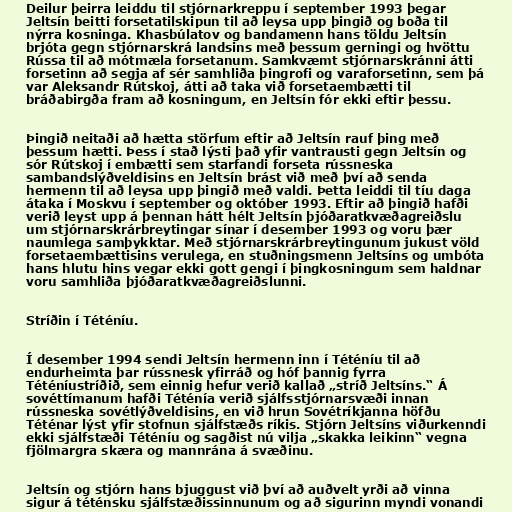
Deilur þeirra leiddu til stjórnarkreppu í september 1993 þegar
Jeltsín beitti forsetatilskipun til að leysa upp þingið og boða til
nýrra kosninga. Khasbúlatov og bandamenn hans töldu Jeltsín
brjóta gegn stjórnarskrá landsins með þessum gerningi og hvöttu
Rússa til að mótmæla forsetanum. Samkvæmt stjórnarskránni átti
forsetinn að segja af sér samhliða þingrofi og varaforsetinn, sem þá
var Aleksandr Rútskoj, átti að taka við forsetaembætti til
bráðabirgða fram að kosningum, en Jeltsín fór ekki eftir þessu.

Þingið neitaði að hætta störfum eftir að Jeltsín rauf þing með
þessum hætti. Þess í stað lýsti það yfir vantrausti gegn Jeltsín og
sór Rútskoj í embætti sem starfandi forseta rússneska
sambandslýðveldisins en Jeltsín brást við með því að senda
hermenn til að leysa upp þingið með valdi. Þetta leiddi til tíu daga
átaka í Moskvu í september og október 1993. Eftir að þingið hafði
verið leyst upp á þennan hátt hélt Jeltsín þjóðaratkvæðagreiðslu
um stjórnarskrárbreytingar sínar í desember 1993 og voru þær
naumlega samþykktar. Með stjórnarskrárbreytingunum jukust völd
forsetaembættisins verulega, en stuðningsmenn Jeltsíns og umbóta
hans hlutu hins vegar ekki gott gengi í þingkosningum sem haldnar
voru samhliða þjóðaratkvæðagreiðslunni.

Stríðin í Téténíu.

Í desember 1994 sendi Jeltsín hermenn inn í Téténíu til að
endurheimta þar rússnesk yfirráð og hóf þannig fyrra
Téténíustríðið, sem einnig hefur verið kallað „stríð Jeltsíns.“ Á
sovéttímanum hafði Téténía verið sjálfsstjórnarsvæði innan
rússneska sovétlýðveldisins, en við hrun Sovétríkjanna höfðu
Téténar lýst yfir stofnun sjálfstæðs ríkis. Stjórn Jeltsíns viðurkenndi
ekki sjálfstæði Téténíu og sagðist nú vilja „skakka leikinn“ vegna
fjölmargra skæra og mannrána á svæðinu.

Jeltsín og stjórn hans bjuggust við því að auðvelt yrði að vinna
sigur á téténsku sjálfstæðissinnunum og að sigurinn myndi vonandi